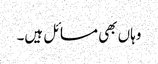
وہاں بھی مسائل ہیں۔